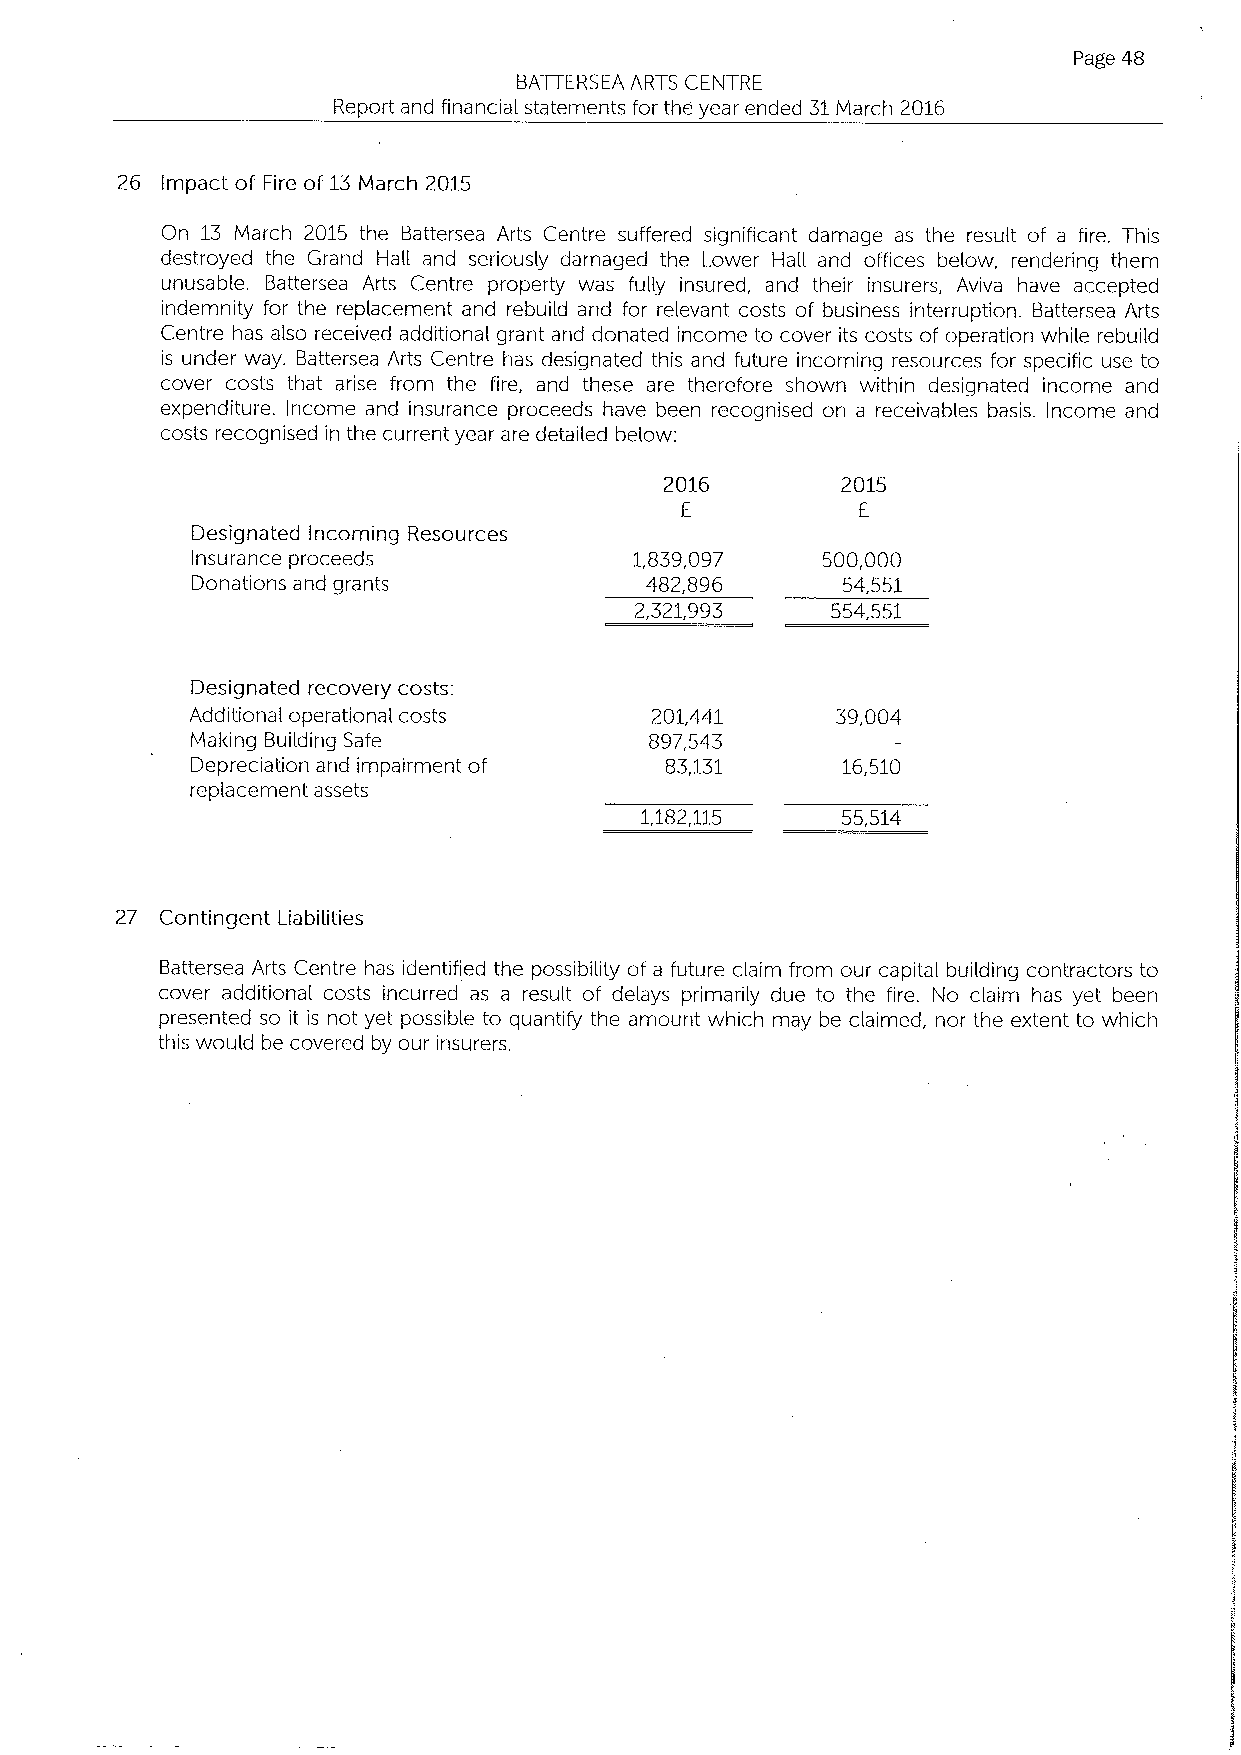
Page 48
 BATTERSEA ARTS CENTRE
 Report and financial statements for the year ended 31March 2016
 26 Impact of Fire of 13March 2015
 On 13 March 2015 the Battersea Arts Centre suffered significant damage as the result of a fire. This
 destroyed the Grand Hall and seriously damaged the Lower Hall and offices below, rendering them
 unusable. Battersea Arts Centre property was fully insured, and their insurers, Aviva have accepted
 indemnity for the replacement and rebuild and for relevant costs of business interruption. Battersea Arts
 Centre has also received additional grant and donated income to cover its costs of operation while rebuild
 is under way. Battersea Arts Centre has designated this and future incoming resources for specific use to
 cover costs that arise from the fire, and these are therefore shown within designated income and
 expenditure. Income and insurance proceeds have been recognised on a receivables basis. Income and
 costs recognised in the current year are detailed below:
 2016        2015
 E           E
 Designated Incoming Resources
 Insurance proceeds           1,839,097   500,000
 Donations and grants          482,896      54,551
 2,321,993    554,551
 Designated recovery costs:
 Additional operational costs  201,441     39,004
 Making Building Safe          897,543
 Depreciation and impairment of 83,131      16,510
 replacement assets
 1,182,115     55,514
 27 Contingent Liabilities
 Battersea Arts Centre has identified the possibility of a future claim from our capital building contractors to
 cover additional costs incurred as a result of delays primarily due to the fire. No claim has yet been
 presented so it is not yet possible to quantify the amount which may be claimed, nor the extent to which
 this would be covered by our insurers.